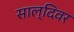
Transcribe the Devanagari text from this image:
साल्दिवर